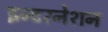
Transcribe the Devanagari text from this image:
इन्टरनेशन